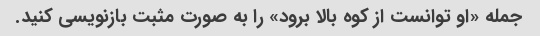
جمله «او توانست از کوه بالا برود» را به صورت مثبت بازنویسی کنید.